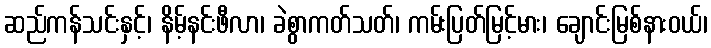
ဆည်ကန်သင်းနှင့်၊ နိမ့်နင်းဖီလာ၊ ခဲစွာကတ်သတ်၊ ကမ်းပြတ်မြင့်မား၊ ချောင်းမြစ်နားဝယ်၊